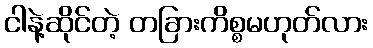
ငါနဲ့ဆိုင်တဲ့ တခြားကိစ္စမဟုတ်လား